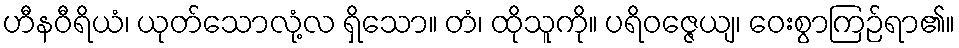
ဟီနဝီရိယံ၊ ယုတ်သောလုံ့လ ရှိသော။ တံ၊ ထိုသူကို။ ပရိဝဇ္ဇေယျ၊ ဝေးစွာကြဉ်ရာ၏။